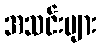
အသင်းများ